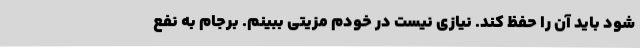
شود باید آن را حفظ کند. نیازی نیست در خودم مزیتی ببینم. برجام به نفع